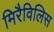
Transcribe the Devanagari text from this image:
मिरैविलिस